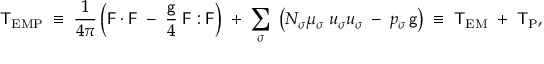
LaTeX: { \sf T } _ { \mathrm { E M P } } \; \equiv \; \frac { 1 } { 4 \pi } \left( { \sf F } \cdot { \sf F } \; - \; \frac { { \sf g } } { 4 } \; { \sf F } : { \sf F } \right) \; + \; \sum _ { \sigma } \; \left( N _ { \sigma } \mu _ { \sigma } \; u _ { \sigma } u _ { \sigma } \; - \; p _ { \sigma } \, { \sf g } \right) \; \equiv \; { \sf T } _ { \mathrm { E M } } \; + \; { \sf T } _ { \mathrm { P } } ,